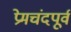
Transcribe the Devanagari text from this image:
प्रेमचंदपूर्व